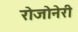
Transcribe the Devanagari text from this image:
रोजोनेरी